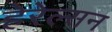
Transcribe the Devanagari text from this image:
हेरेल्सन